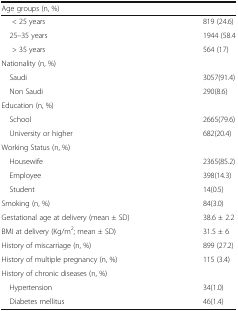
<table><thead><tr><td><b>Age groups (n, %)</b></td><td></td></tr></thead><tbody><tr><td>&lt; 25 years</td><td>819 (24.6)</td></tr><tr><td> 25–35 years</td><td>1944 (58.4</td></tr><tr><td>&gt; 35 years</td><td>564 (17)</td></tr><tr><td colspan="2">Nationality (n, %)</td></tr><tr><td> Saudi</td><td>3057(91.4)</td></tr><tr><td> Non Saudi</td><td>290(8.6)</td></tr><tr><td colspan="2">Education (n, %)</td></tr><tr><td> School</td><td>2665(79.6)</td></tr><tr><td> University or higher</td><td>682(20.4)</td></tr><tr><td colspan="2">Working Status (n, %)</td></tr><tr><td> Housewife</td><td>2365(85.2)</td></tr><tr><td> Employee</td><td>398(14.3)</td></tr><tr><td> Student</td><td>14(0.5)</td></tr><tr><td>Smoking (n, %)</td><td>84(3.0)</td></tr><tr><td>Gestational age at delivery (mean ± SD)</td><td>38.6 ± 2.2</td></tr><tr><td>BMI at delivery (Kg/m<sup>2</sup>; mean ± SD)</td><td>31.5 ± 6</td></tr><tr><td>History of miscarriage (n, %)</td><td>899 (27.2)</td></tr><tr><td>History of multiple pregnancy (n, %)</td><td>115 (3.4)</td></tr><tr><td colspan="2">History of chronic diseases (n, %)</td></tr><tr><td> Hypertension</td><td>34(1.0)</td></tr><tr><td> Diabetes mellitus</td><td>46(1.4)</td></tr></tbody></table>